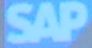
SAP